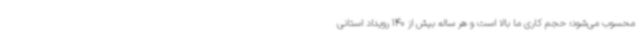
محسوب می‌شود؛ حجم کاری ما بالا است و هر ساله بیش از 140 رویداد استانی